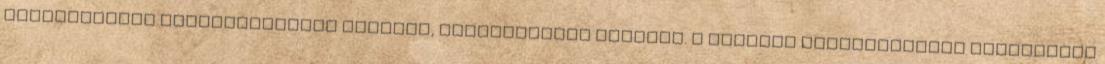
értékmegőrző helyreállítása komplex, sokszereplős feladat. A műemlék helyreállítás gyakorlati